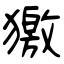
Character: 獥